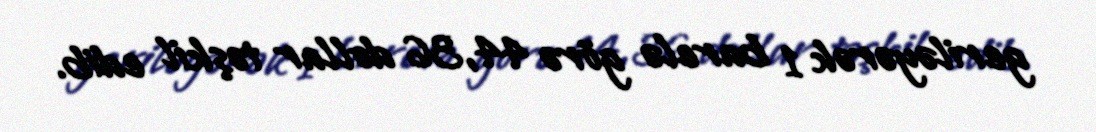
geriləyərək 1 barelə görə 44,36 dollar təşkil edib.